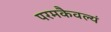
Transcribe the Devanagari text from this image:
परमकैवल्यं